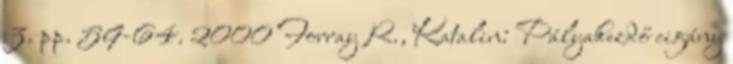
3. pp. 59-64. 2000 Forray R., Katalin: Pályakezdő cigány